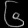
Digit: ၆